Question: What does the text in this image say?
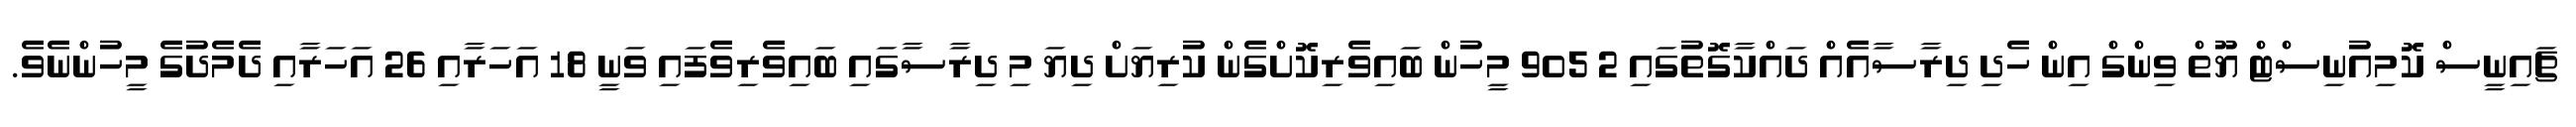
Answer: ޗައިނީސް ކޮމިއުނިސްޓް ޔޫތް ވިންގް އިން ހެދި ދިރާސާއެއް ދައްކާގޮތުގައި 2 905 މީހުން ބައިވެރިކޮށްގެން ކުރިޔަށް ދިޔަ މި ދިރާސާގައި ބައިވެރިވެފައި ވަނީ 18 އަހަރާއި 26 އަހަރާއި ދެމެދުގެ މީހުންނެވެ.